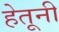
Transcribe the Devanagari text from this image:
हेतूनी